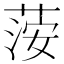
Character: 𦴴